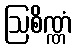
ဩစိဏ္ဏံ